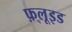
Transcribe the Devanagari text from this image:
फ़्लूइड